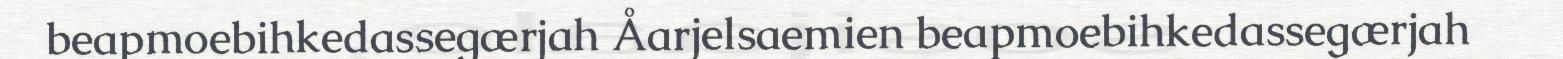
beapmoebihkedassegærjah Åarjelsaemien beapmoebihkedassegærjah